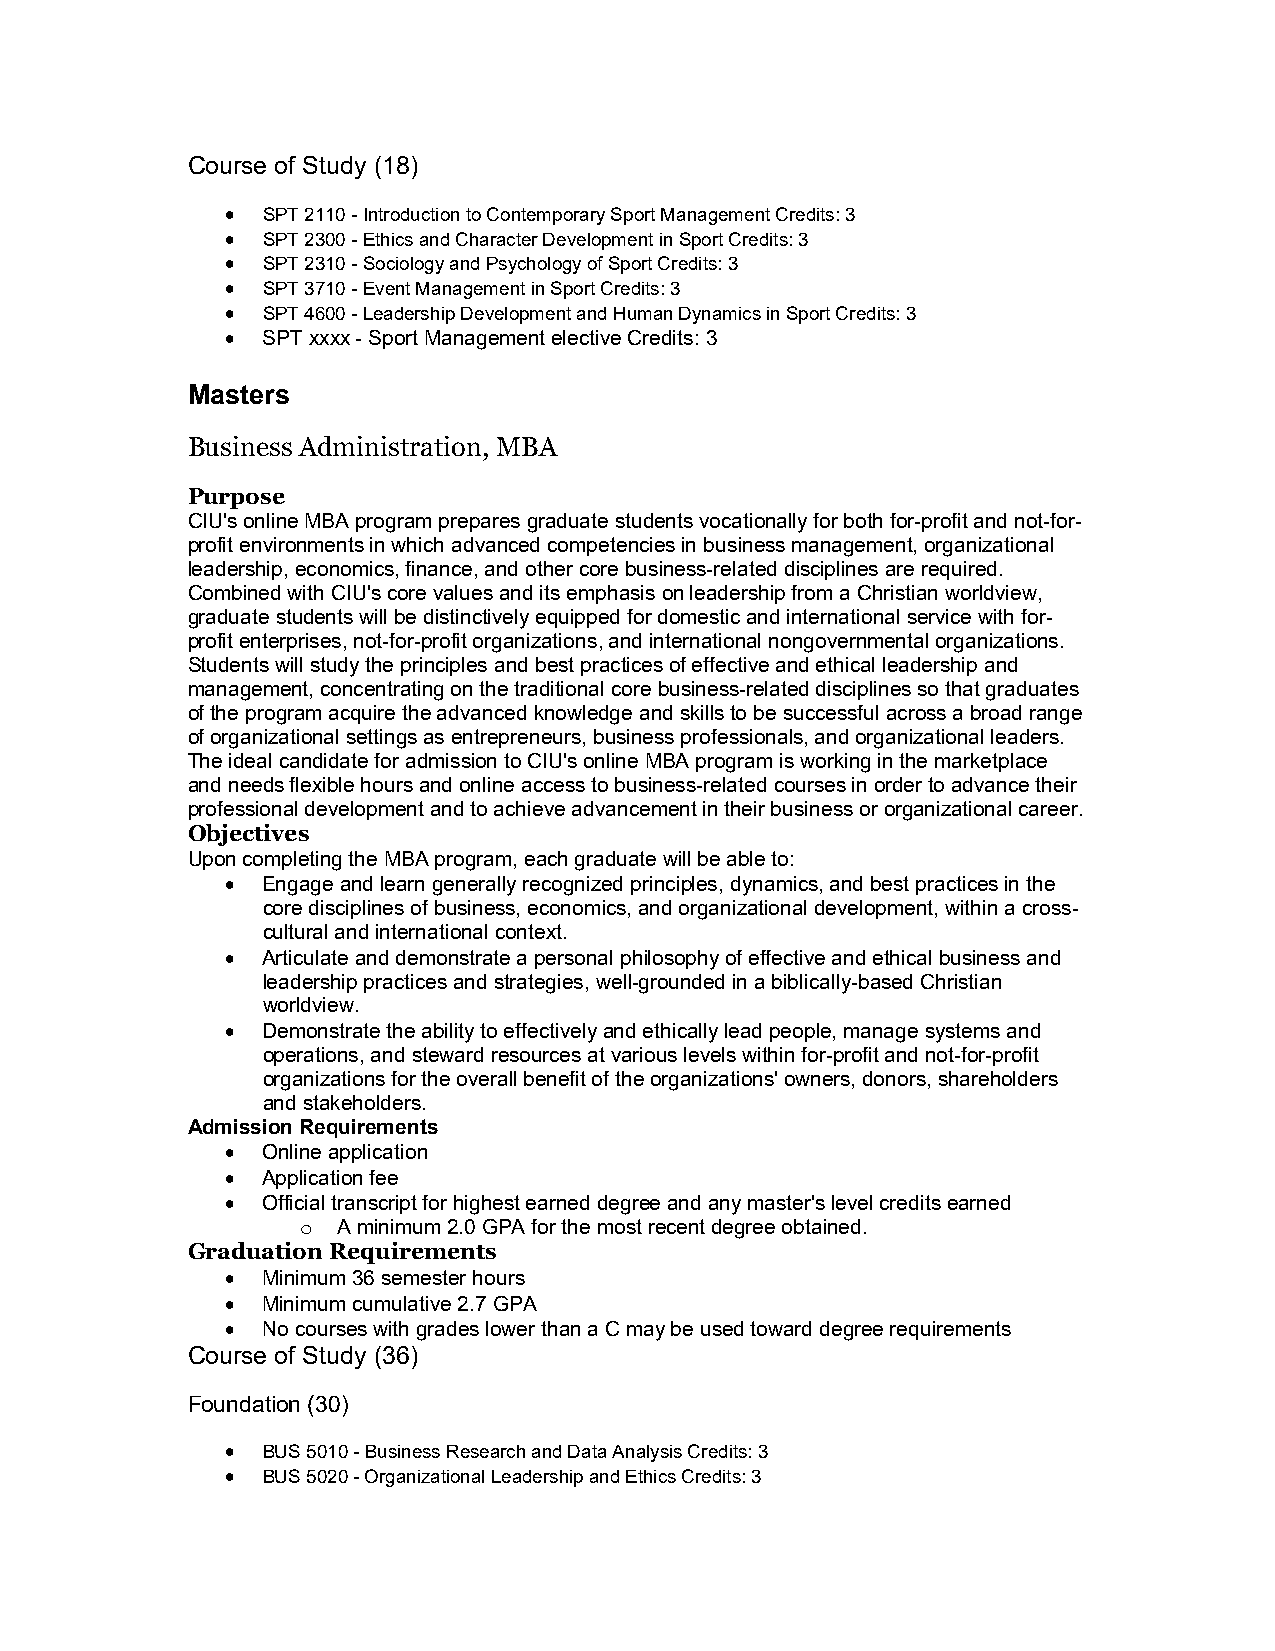
Course of Study (18)
  SPT 2110 - Introduction to Contemporary Sport Management Credits: 3
  SPT 2300 - Ethics and Character Development in Sport Credits: 3
  SPT 2310 - Sociology and Psychology of Sport Credits: 3
  SPT 3710 - Event Management in Sport Credits: 3
  SPT 4600 - Leadership Development and Human Dynamics in Sport Credits: 3
  SPT xxxx - Sport Management elective Credits: 3
 Masters
 Business Administration, MBA
 Purpose
 CIU's online MBA program prepares graduate students vocationally for both for-profit and not-for-
 profit environments in which advanced competencies in business management, organizational
 leadership, economics, finance, and other core business-related disciplines are required.
 Combined with CIU's core values and its emphasis on leadership from a Christian worldview,
 graduate students will be distinctively equipped for domestic and international service with for-
 profit enterprises, not-for-profit organizations, and international nongovernmental organizations.
 Students will study the principles and best practices of effective and ethical leadership and
 management, concentrating on the traditional core business-related disciplines so that graduates
 of the program acquire the advanced knowledge and skills to be successful across a broad range
 of organizational settings as entrepreneurs, business professionals, and organizational leaders.
 The ideal candidate for admission to CIU's online MBA program is working in the marketplace
 and needs flexible hours and online access to business-related courses in order to advance their
 professional development and to achieve advancement in their business or organizational career.
 Objectives
 Upon completing the MBA program, each graduate will be able to:
  Engage and learn generally recognized principles, dynamics, and best practices in the
 core disciplines of business, economics, and organizational development, within a cross-
 cultural and international context.
  Articulate and demonstrate a personal philosophy of effective and ethical business and
 leadership practices and strategies, well-grounded in a biblically-based Christian
 worldview.
  Demonstrate the ability to effectively and ethically lead people, manage systems and
 operations, and steward resources at various levels within for-profit and not-for-profit
 organizations for the overall benefit of the organizations' owners, donors, shareholders
 and stakeholders.
 Admission Requirements
  Online application
  Application fee
  Official transcript for highest earned degree and any master's level credits earned
 o A minimum 2.0 GPA for the most recent degree obtained.
 Graduation Requirements
  Minimum 36 semester hours
  Minimum cumulative 2.7 GPA
  No courses with grades lower than a C may be used toward degree requirements
 Course of Study (36)
 Foundation (30)
  BUS 5010 - Business Research and Data Analysis Credits: 3
  BUS 5020 - Organizational Leadership and Ethics Credits: 3